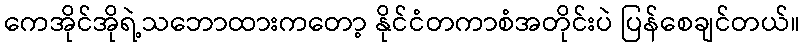
ကေအိုင်အိုရဲ့သဘောထားကတော့ နိုင်ငံတကာစံအတိုင်းပဲ ပြန်စေချင်တယ်။